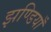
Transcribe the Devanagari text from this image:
झण्डियाँ